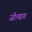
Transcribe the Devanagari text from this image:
जोत्यात